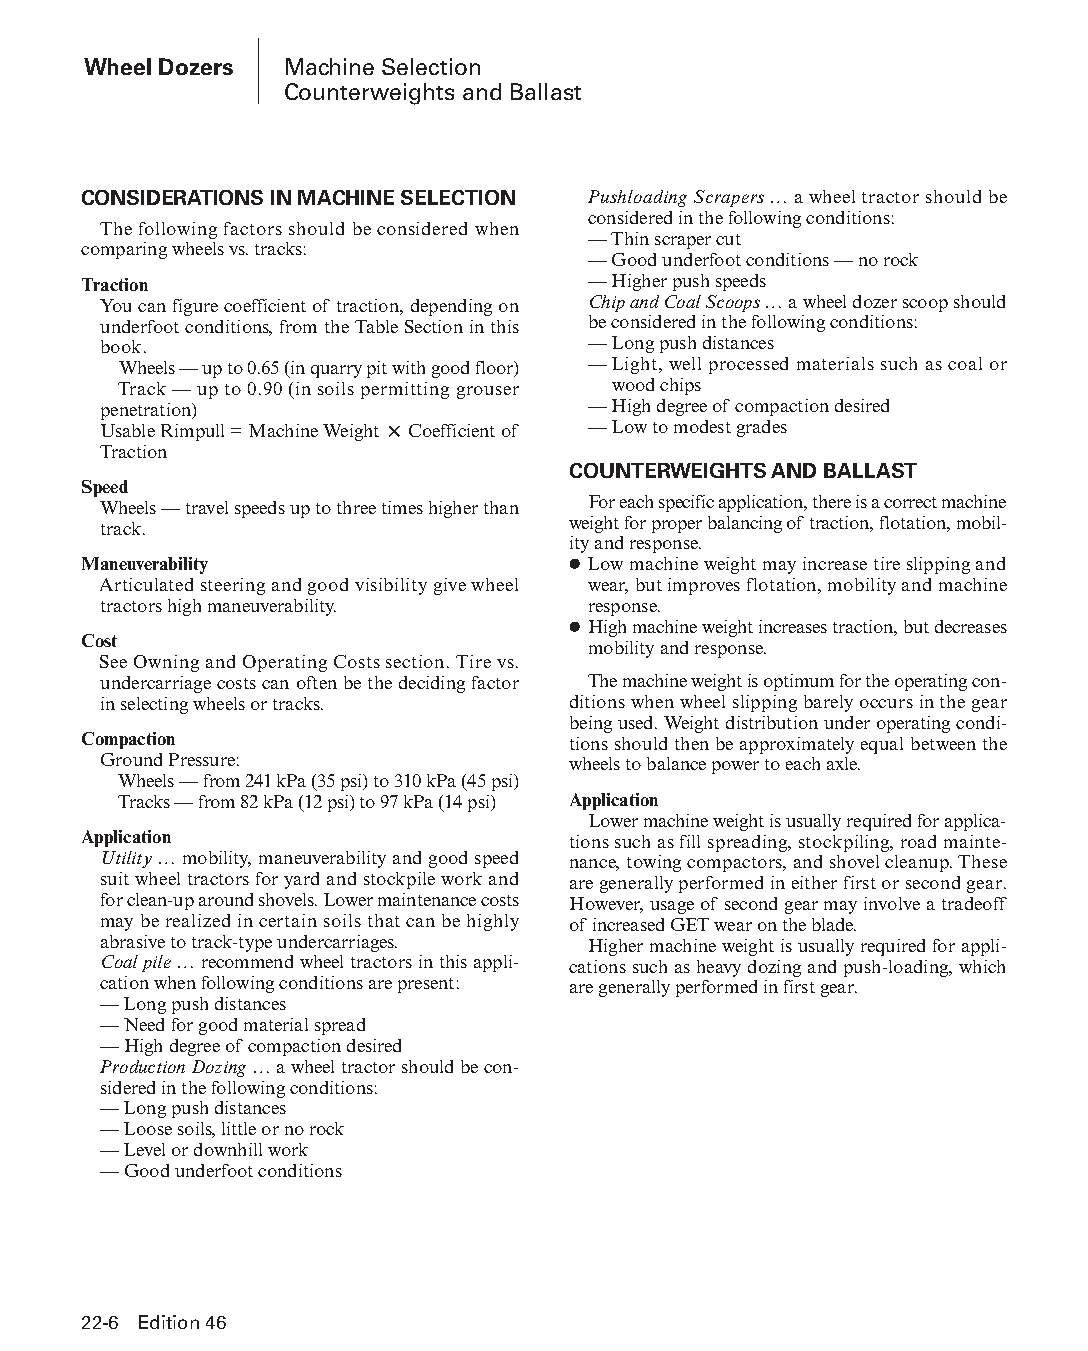
Wheel Dozers Machine Selection
 Counterweights and Ballast
 CONSIDERATIONS IN MACHINE SELECTION Pushloading Scrapers … a wheel tractor should be
 con sidered in the following conditions:
 The following factors should be considered when
 — Thin scraper cut
 comparing wheels vs. tracks:
 — Good underfoot conditions — no rock
 Traction                         — Higher push speeds
 You can figure coefficient of traction, depending on Chip and Coal Scoops … a wheel dozer scoop should
 underfoot conditions, from the Table Section in this be considered in the following conditions:
 book.                           — Long push distances
 Wheels — up to 0.65 (in quarry pit with good floor) — Light, well processed materials such as coal or
 Track — up to 0.90 (in soils permitting grouser wood chips
 penetration)                    — High degree of compaction desired
 Usable Rimpull = Machine Weight × Coefficient of — Low to modest grades
 Traction
 COUNTERWEIGHTS AND BALLAST
 Speed
 Wheels — travel speeds up to three times higher than For each specific application, there is a correct machine
 track.                         weight for proper balancing of traction, flotation, mobil-
 ity and response.
 Maneuverability                 ● Low machine weight may increase tire slipping and
 Articulated steering and good visibility give wheel wear, but improves flotation, mobility and machine
 tractors high maneuverability.  response.
 ● High machine weight increases traction, but decreases
 Cost
 mobility and response.
 See Owning and Operating Costs section. Tire vs.
 undercarriage costs can often be the deciding factor The machine weight is optimum for the operating con-
 in selecting wheels or tracks. ditions when wheel slipping barely occurs in the gear
 being used. Weight distribution under operating condi-
 Compaction                      tions should then be approximately equal between the
 Ground Pressure:               wheels to balance power to each axle.
 Wheels — from 241 kPa (35 psi) to 310 kPa (45 psi)
 Tracks — from 82 kPa (12 psi) to 97 kPa (14 psi) Application
 Lower machine weight is usually required for applica-
 Application                     tions such as fill spreading, stockpiling, road mainte-
 Utility … mobility, maneuverability and good speed nance, towing compactors, and shovel cleanup. These
 suit wheel tractors for yard and stockpile work and are generally performed in either first or second gear.
 for clean-up around shovels. Lower maintenance costs However, usage of second gear may involve a tradeoff
 may be realized in certain soils that can be highly of increased GET wear on the blade.
 abrasive to track-type undercarriages. Higher machine weight is usually required for appli-
 Coal pile … recommend wheel tractors in this appli- cations such as heavy dozing and push-loading, which
 ca tion when following conditions are present: are generally performed in first gear.
 — Long push distances
 — Need for good material spread
 — High degree of compaction desired
 Production Dozing … a wheel tractor should be con-
 sidered in the following conditions:
 — Long push distances
 — Loose soils, little or no rock
 — Level or downhill work
 — Good underfoot conditions
 22-6 Edition 46
 PPHHBB--SSeecc2222--11--WWhheeeellDDoozzeerrss--1133((ppgg000011--001100))..iinndddd 66 1122//44//1155 1111::0066 AAMM